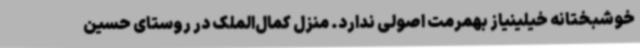
خوشبختانه خیلینیاز بهمرمت اصولی ندارد. منزل کمال‌الملک در روستای حسین